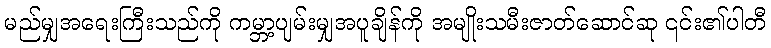
မည်မျှအရေးကြီးသည်ကို ကမ္ဘာ့ပျမ်းမျှအပူချိန်ကို အမျိုးသမီးဇာတ်ဆောင်ဆု ၎င်း၏ပါတီ